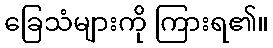
ခြေသံများကို ကြားရ၏။